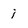
Character: i